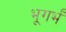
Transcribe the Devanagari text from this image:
भूगर्भं